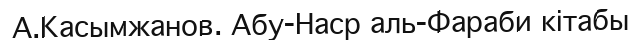
А.Касымжанов. Абу-Наср аль-Фараби кітабы